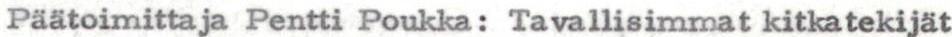
Päätoimittaja Pentti Poukka: Tavallisimmat kitkatekijät